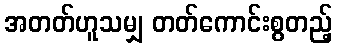
အတတ်ဟူသမျှ တတ်ကောင်းစွတည့်